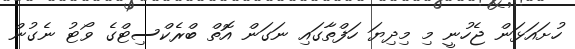
ހުށައަޅަން ޖެހުނީ މި މިދިޔަ ހަފްތާގައި ނަގަން އޮތް ބްރެކްސިޓްގެ ވޯޓު ނެގުން